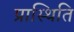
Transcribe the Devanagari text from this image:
प्रास्थिति